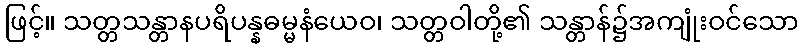
ဖြင့်။ သတ္တသန္တာနပရိပန္နဓမ္မနံယေဝ၊ သတ္တဝါတို့၏ သန္တာန်၌အကျုံးဝင်သော